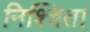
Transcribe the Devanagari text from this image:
निश्चिता